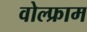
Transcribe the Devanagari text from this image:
वोल्फ्राम